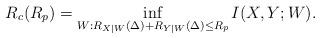
LaTeX: \begin{align*} R_c(R_p)=\inf_{W:R_{X|W}(\Delta)+R_{Y|W}(\Delta)\leq R_p} I(X,Y;W).\end{align*}